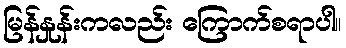
မြန်နှုန်းကလည်း ကြောက်စရာပါ။